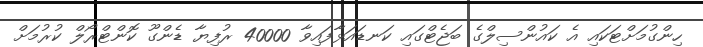
ހިންގުމަށްޓަކައި އެ ކައުންސިލްގެ ބަޖެޓްގައި ކަނޑައަޅާފައިވާ 40000 ރުފިޔާ ޑެންގޫ ކޮންޓްރޯލް ކުރުމަށް